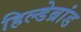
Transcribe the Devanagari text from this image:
हिल्डेब्रांड